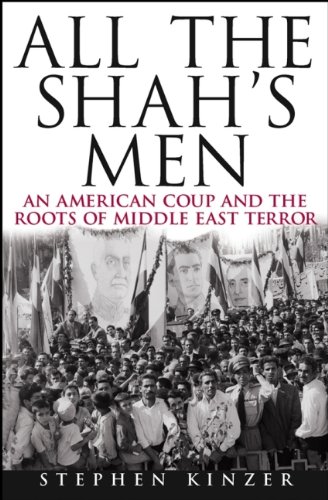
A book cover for All the Shah's Men: An American Coup and the Roots of Middle East Terror; Stephen Kinzer; History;